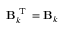
\mathbf B _ { k } ^ { \textrm { T } } = \mathbf B _ { k }